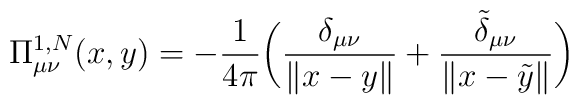
\Pi^{1,N}_{\mu\nu}(x,y) = -\frac{1}{4\pi}\biggl(\frac{\delta_{\mu\nu}}{\|x-y\|} + \frac{\tilde \delta_{\mu\nu}}{\|x-\tilde y\|}\biggr)